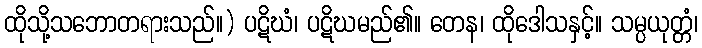
ထိုသို့သဘောတရားသည်။) ပဋိဃံ၊ ပဋိဃမည်၏။ တေန၊ ထိုဒေါသနှင့်။ သမ္ပယုတ္တံ၊